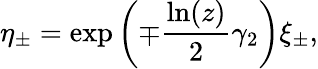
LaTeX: \eta_{\pm}=\exp\left(\mp\frac{\ln(z)}{2}\gamma_{2}\right)\xi_{\pm},